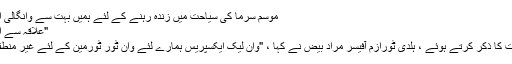
موسم سرما کی سیاحت میں زندہ رہنے کے لئے ہمیں بہت سے وانگالی ایکسپریس کی ضرورت ہے
"علاقہ سے اظہار رائے سے نفرت ہے"
وان لیک ایکسپریس کی اہمیت کا ذکر کرتے ہوئے ، ہلدی ٹورازم آفیسر مراد بیض نے کہا ، "وان لیک ایکسپریس ہمارے لئے وان ٹور ٹورمین کے لئے غیر منطقی سایوں میں سے ایک ہے۔